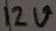
Text: 12V